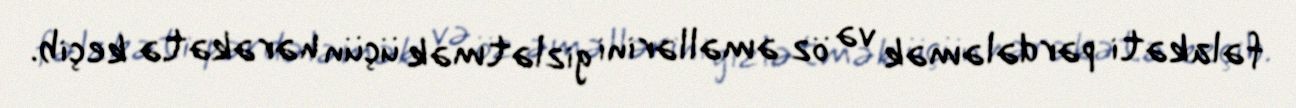
fəlakəti pərdələmək və öz əməllərini gizlətmək üçün hərəkətə keçib.